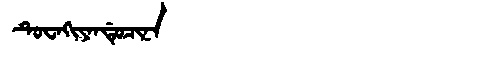
Manchu: ᡨᡠᠸᠠᡴᡳᠶᠠᠨᡩᡠᠴᡳᠨᠠ
Romanization: TUWAKIYANDUCINA